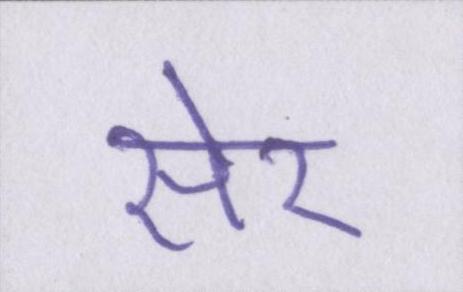
सेर